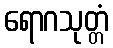
ရောဂသုတ္တံ